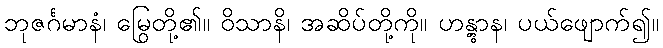
ဘုဇင်္ဂမာနံ၊ မြွေတို့၏။ ဝိသာနိ၊ အဆိပ်တို့ကို။ ဟန္တွာန၊ ပယ်ဖျောက်၍။